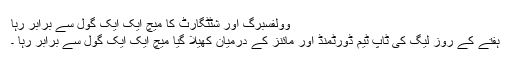
وولفسبرگ اور شٹٹگارٹ کا میچ ایک ایک گول سے برابر رہا
ہفتے کے روز لیگ کی ٹاپ ٹیم ڈورٹمنڈ اور مائنز کے درمیان کھیلا گیا میچ ایک ایک گول سے برابر رہا ۔